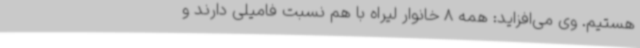
هستیم. وی می‌افزاید: همه 8 خانوار لیراه با هم نسبت فامیلی دارند و